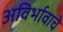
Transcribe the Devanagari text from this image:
अविर्भावाचे